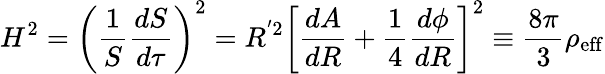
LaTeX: H^{2}=\left(\frac{1}{S}\frac{dS}{d\tau}\right)^{2}=R^{'2}\left[\frac{dA}{dR}+\frac{1}{4}\frac{d\phi}{dR}\right]^{2}\equiv\frac{8\pi}{3}\rho_{\mathrm{eff}}